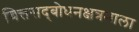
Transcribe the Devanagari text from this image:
चित्तसद्‍बोधनक्षत्रमाला